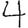
Digit: 4